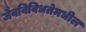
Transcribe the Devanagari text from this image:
जैवविविधतेमधील